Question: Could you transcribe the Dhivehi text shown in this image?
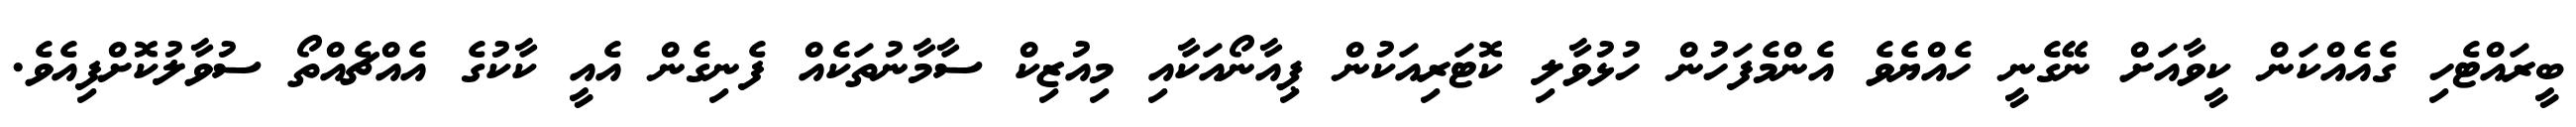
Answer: ބީރައްޓެހި ގެއެއްކަން ކީވާއަށް ނޭގެނީ ހެއްޔެވެ އެންމެފަހުން ހުޅުވާލި ކޮޓަރިއަކުން ޕިއާނޯއަކާއި މިއުޒިކް ސާމާނުތަކެއް ފެނިގެން އެއީ ކާކުގެ އެއްޗެއްތޯ ސުވާލުކޮށްފިއެވެ.